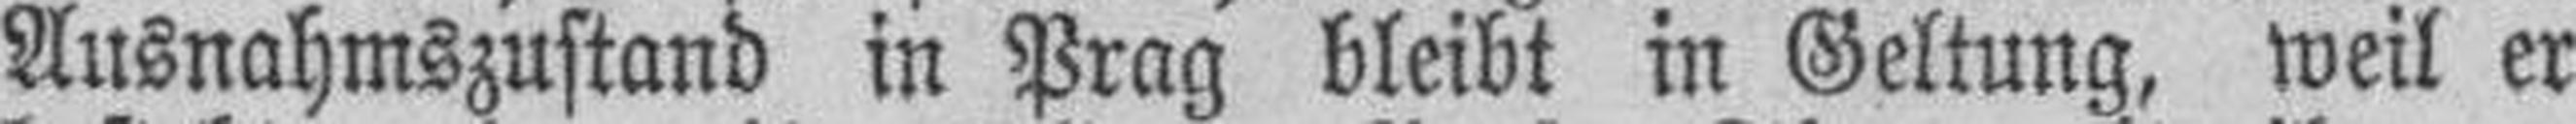
Ausnahmszustand in Prag bleibt in Geltung, weil er